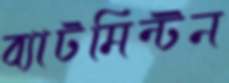
ব্যাটমিন্টন